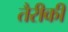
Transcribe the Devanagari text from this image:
तैरीकी